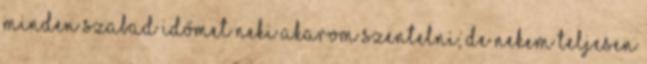
minden szabad időmet neki akarom szentelni, de nekem teljesen